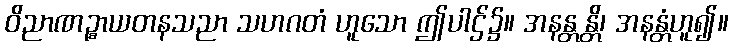
ဝိညာဏဉ္စာယတနသညာ သဟဂတံ ဟူသော ဤပါဌ်၌။ အနန္တန္တိ၊ အနန္တံဟူ၍။